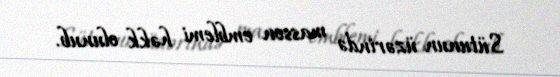
Sütunun üzərində masson emblemi həkk olunub.